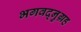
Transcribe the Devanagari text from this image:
भगवद्नुग्रह